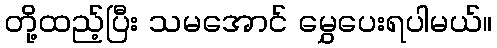
တို့ထည့်ပြီး သမအောင် မွှေပေးရပါမယ်။